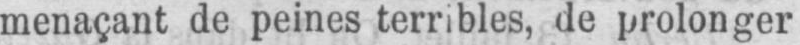
menaçant de peines terribles, de prolonger